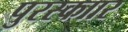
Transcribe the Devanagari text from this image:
पुरस्काार